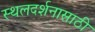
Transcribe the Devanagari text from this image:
स्थलदर्शनासाठी